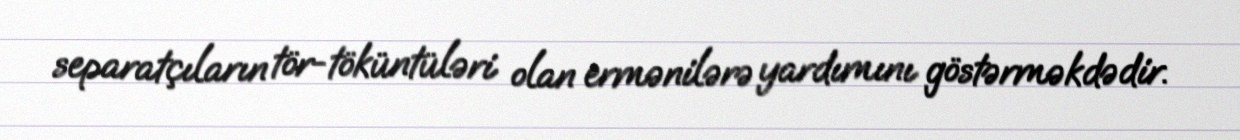
separatçıların tör-töküntüləri olan ermənilərə yardımını göstərməkdədir.